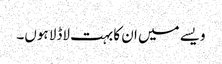
ویسے میں ان کا بہت لاڈلا ہوں۔